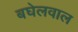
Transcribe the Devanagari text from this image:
बघेलवाल